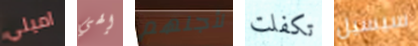
اميلي إلهي لأجلهم تكفلت سيسيل